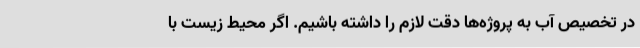
در تخصیص آب به پروژه‌ها دقت لازم را داشته باشیم. اگر محیط زیست با